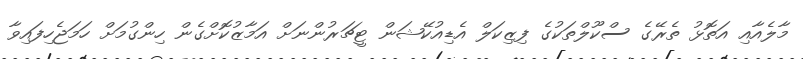
މާލެއާއި އަތޮޅު ތެރޭގެ ސްކޫލްތަކުގެ ފިޒިކަލް އެޑިއުކޭޝަން ޓީޗަރުންނަށް އަމާޒުކޮށްގެން ހިންގުމަށް ހަމަޖެހިފައިވާ